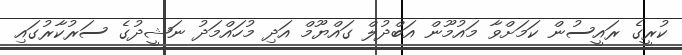
ކުރީގެ ރައީސުން ކަމަށްވާ މައުމޫން އަބްދުލް ގައްޔޫމް އަދި މުހައްމަދު ނަޝީދުގެ ސަރުކާރުގައި